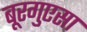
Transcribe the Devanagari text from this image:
बूरगुएसा